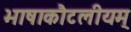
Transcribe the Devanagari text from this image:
भाषाकौटलीयम्